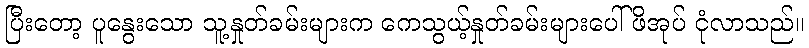
ပြီးတော့ ပူနွေးသော သူ့နှုတ်ခမ်းများက ကေသွယ့်နှုတ်ခမ်းများပေါ် ဖိအုပ် ငုံလာသည်။